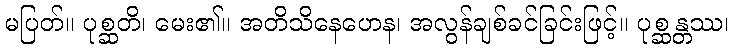
မပြတ်။ ပုစ္ဆတိ၊ မေး၏။ အတိသိနေဟေန၊ အလွန်ချစ်ခင်ခြင်းဖြင့်။ ပုစ္ဆန္တဿ၊